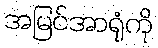
အမြင်အာရုံကို